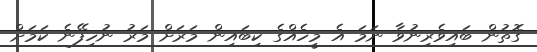
ގޮތުން ބައިވެރިނުވާ ނަމަ އެ މީހެއްގެ ކިބައިން މަރަށް މަރު ނުހިފޭނެ ކަމަށް